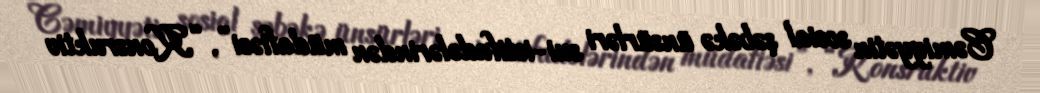
Cəmiyyətin sosial şəbəkə ünsürləri sui-istifadələrindən müdafiəsi”, “Konsruktiv